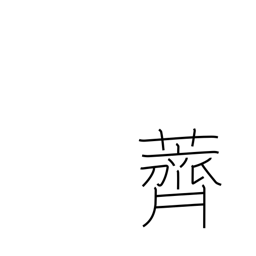
Meaning: water-chestnuts